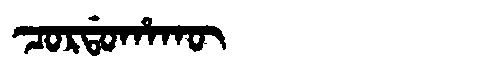
Manchu: ᠴᠣᡵᡩᠣᡥᠠᡴᡡ
Romanization: CORDOHAKŪ